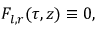
F _ { l , r } ( \tau , z ) \equiv 0 ,